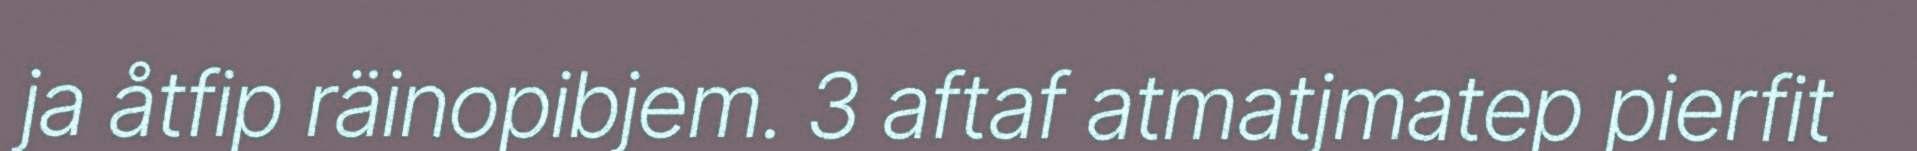
ja åtfip räinopibjem. 3 aftaf atmatjmatep pierfit